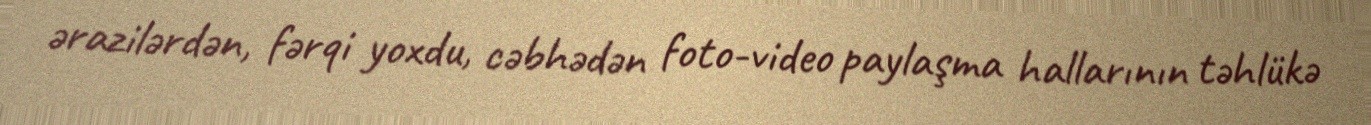
ərazilərdən, fərqi yoxdu, cəbhədən foto-video paylaşma hallarının təhlükə